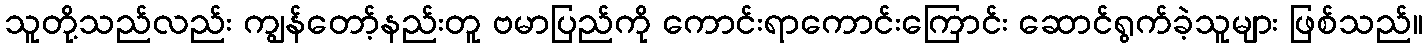
သူတို့သည်လည်း ကျွန်တော့်နည်းတူ ဗမာပြည်ကို ကောင်းရာကောင်းကြောင်း ဆောင်ရွက်ခဲ့သူများ ဖြစ်သည်။